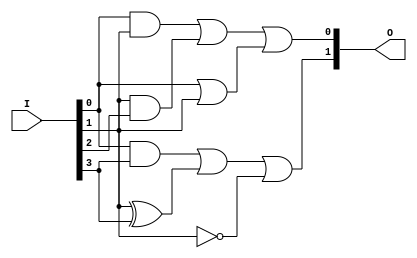
module gal_device (
    input wire [N-1:0] I, // Input pins
    output wire [M-1:0] O // Output pins
);
    parameter N = 4; // Number of input pins
    parameter M = 2; // Number of output pins
    parameter P = 8; // Number of product terms

    // Define the programmable AND array (product terms)
    wire [P-1:0] product_terms;

    // Example logic for product term generation
    // These AND gates can be programmed based on your requirements
    assign product_terms[0] = I[0] & I[1];              // Example: AND I1 and I2
    assign product_terms[1] = I[1] & I[2];              // Example: AND I2 and I3
    assign product_terms[2] = I[0] & I[3];              // Example: AND I1 and I4
    assign product_terms[3] = I[2] & I[3];              // Example: AND I3 and I4
    assign product_terms[4] = I[0] | I[1];              // Example: OR I1 and I2
    assign product_terms[5] = I[1] ^ I[3];              // Example: XOR I2 and I4
    assign product_terms[6] = ~I[1];                     // Example: NOT I2
    assign product_terms[7] = I[0] & ~I[2];             // Example: I1 AND NOT I3
    
    // Fixed OR array to produce outputs 
    // Each output can be derived from one or more product terms
    assign O[0] = product_terms[0] | product_terms[1] | product_terms[4]; // Example output function
    assign O[1] = product_terms[2] | product_terms[5] | product_terms[6]; // Example output function

endmodule